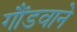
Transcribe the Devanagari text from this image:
गौंडवाने